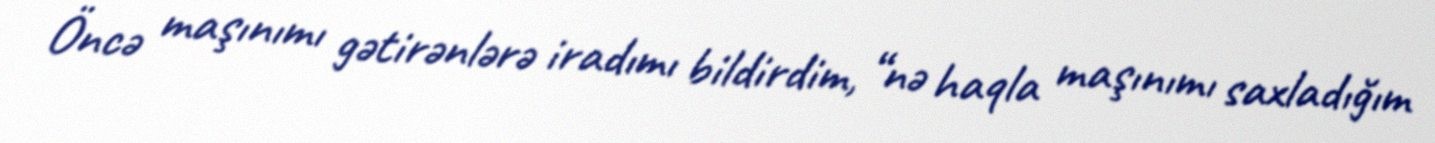
Öncə maşınımı gətirənlərə iradımı bildirdim, “nə haqla maşınımı saxladığım